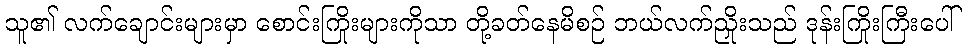
သူ၏ လက်ချောင်းများမှာ စောင်းကြိုးများကိုသာ တို့ခတ်နေမိစဉ် ဘယ်လက်ညှိုးသည် ဒုန်းကြိုးကြီးပေါ်